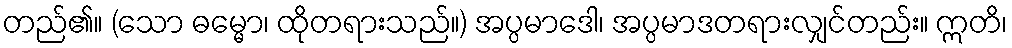
တည်၏။ (သော ဓမ္မော၊ ထိုတရားသည်။) အပ္ပမာဒေါ၊ အပ္ပမာဒတရားလျှင်တည်း။ ဣတိ၊